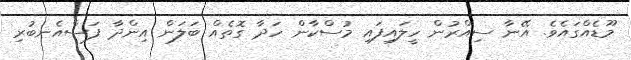
މޫޑެއްގައެވެ. އޭނާ ސިއްރުން ހީލައިފައި މުސްކާން ހަދާ ގޮތެއް ބަލަން އިންދާ ފަސްއެނބުރި